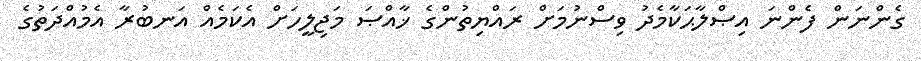
ގެންނަން ފެންނަ އިޞްލާޙަކާމެދު ވިސްނުމަށް ރައްޔިތުންގެ ޚާއްޞަ މަޖިލީހަށް އެކަމެއް އަނބުރާ އެމުއްދަތުގެ